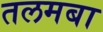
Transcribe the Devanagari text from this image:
तलमबा